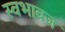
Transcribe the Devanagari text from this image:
स्वभावज